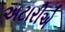
અટારીએ